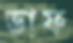
ডাফ